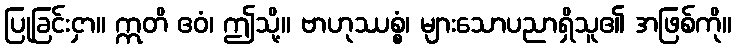
ပြုခြင်းငှာ။ ဣတိ ဧဝံ၊ ဤသို့။ ဗာဟုဿစ္စံ၊ များသောပညာရှိသူ၏ အဖြစ်ကို။